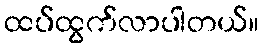
ထပ်ထွက်လာပါတယ်။